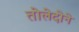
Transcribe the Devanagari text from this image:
तोलेदोने